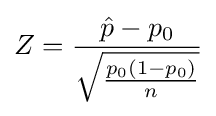
Z={\frac {{\hat {p}}-p_{0}}{\sqrt {\frac {p_{0}(1-p_{0})}{n}}}}